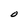
Character: O